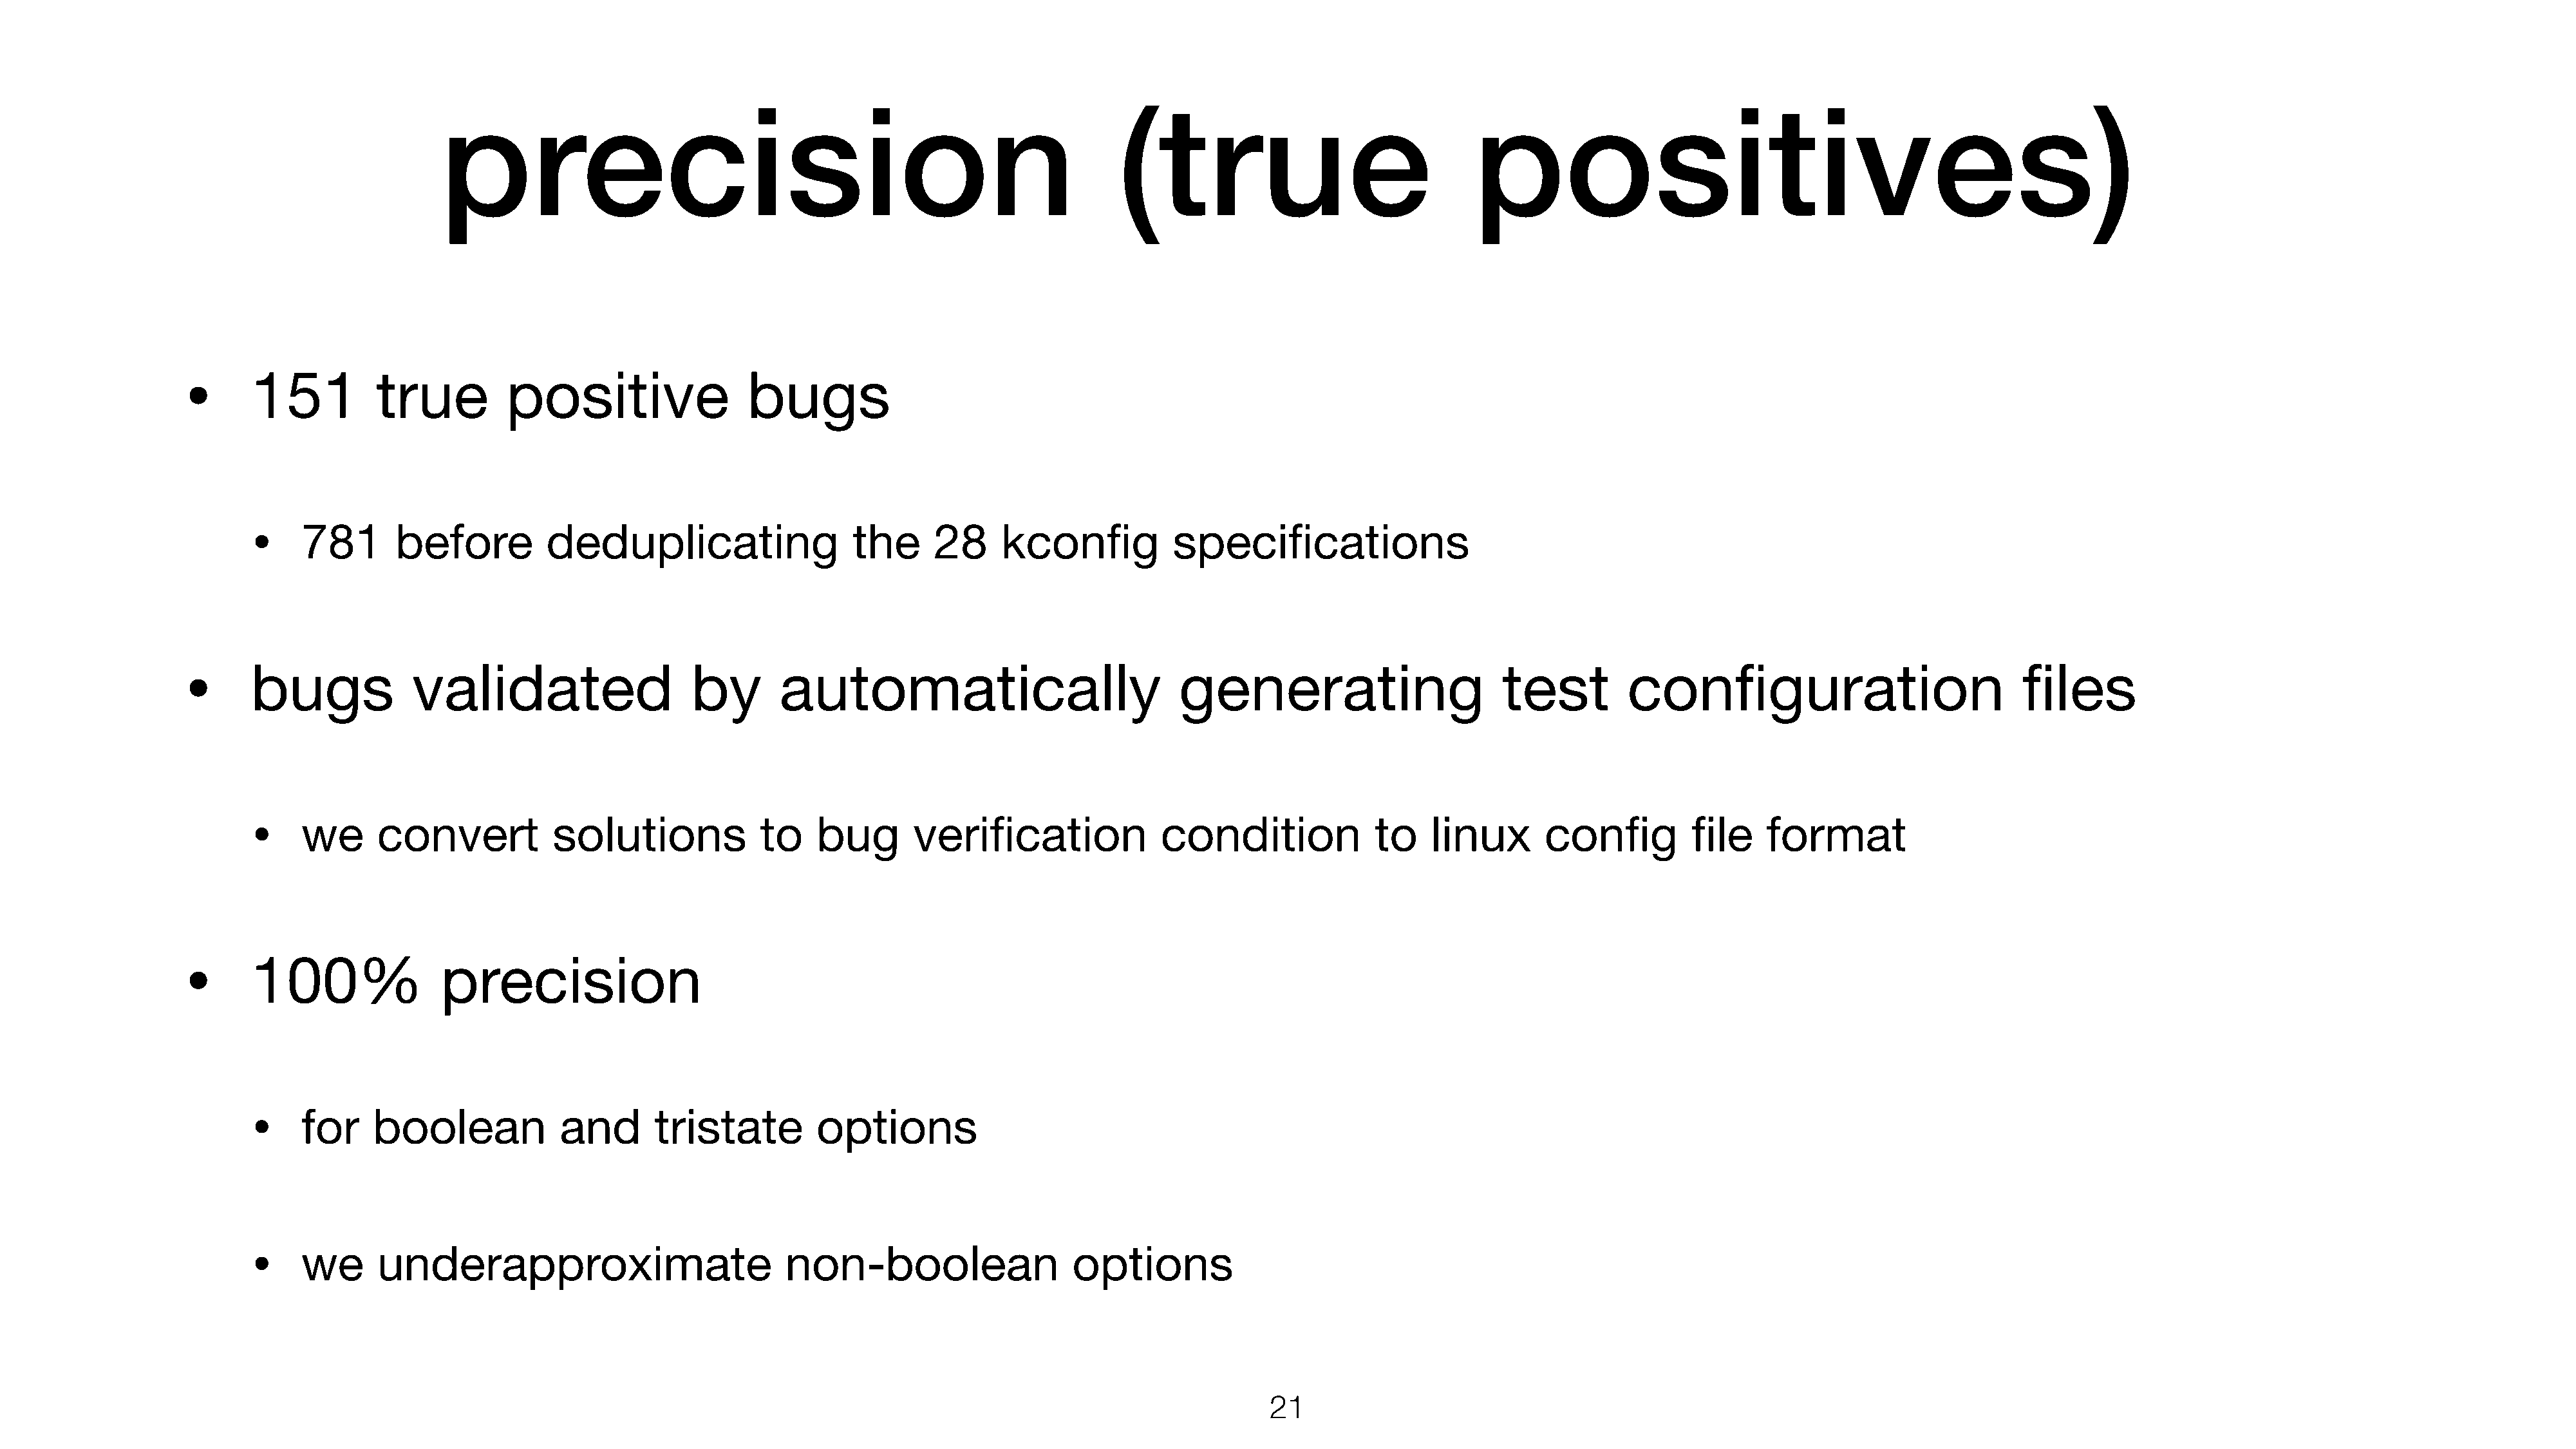
precision                                                             (true                               positives)
 •
 151          true         positive                 bugs
 •
 781       before         deduplicating                   the     28     kconfig           specifications
 •
 bugs            validated                    by       automatically                            generating                       test         configuration                            files
 •
 we      convert           solutions            to    bug       verification             condition             to    linux       config         file    format
 •
 100%               precision
 •
 for    boolean             and      tristate         options
 •
 we      underapproximate                          non-boolean                  options
 21